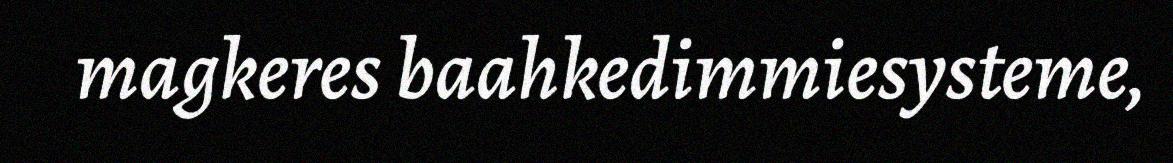
magkeres baahkedimmiesysteme,